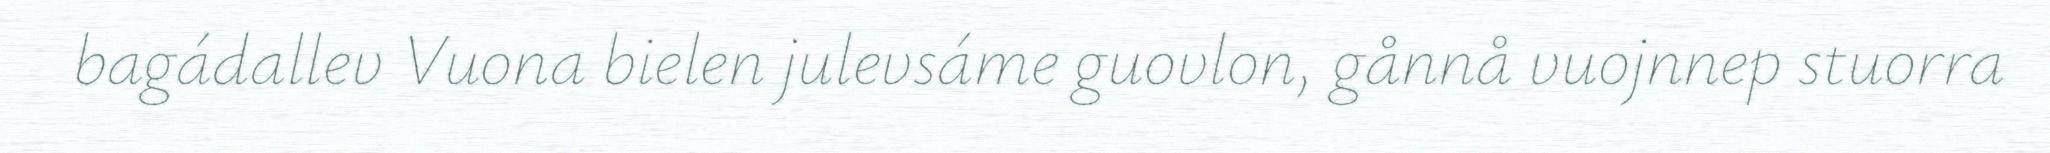
bagádallev Vuona bielen julevsáme guovlon, gånnå vuojnnep stuorra